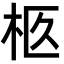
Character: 柩